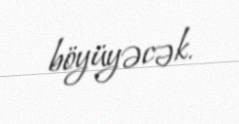
böyüyəcək.